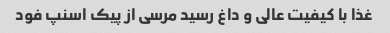
غذا با کیفیت عالی و داغ رسید مرسی از پیک اسنپ فود